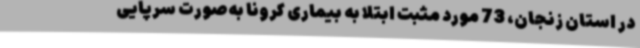
در استان زنجان، 73 مورد مثبت ابتلا به بیماری کرونا به‌صورت سرپایی